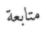
متابعة